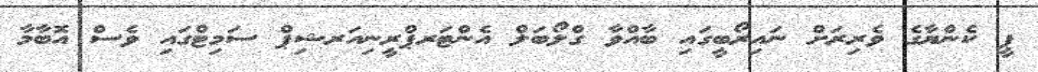
ޕީ ކެންޔާގެ ވެރިރަށް ނައިރޯބީގައި ބާއްވާ ގްލޯބަލް އެންޓަރޕްރީނިއަރޝިޕް ސަމިޓްގައި ވެސް އޮބާމާ